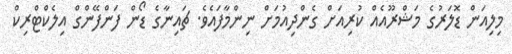
މިލިއަން ޑޮލަރުގެ މަޝްރޫއެއް ކުރިއަށް ގެންދިއުމަށް ނިންމާފައެވެ. ޗައިނާގެ ޑޯން ފަންފޭންގް އިލެކްޓްރިކް